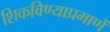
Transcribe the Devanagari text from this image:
शिकविण्याप्रमाणें